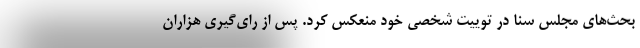
بحث‌های مجلس سنا در توییت شخصی خود منعکس کرد. پس از رای‌گیری هزاران